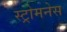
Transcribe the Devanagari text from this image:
स्ट्रोमनेस